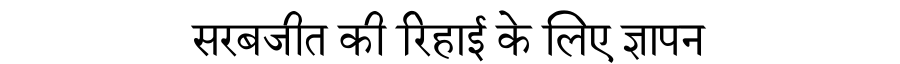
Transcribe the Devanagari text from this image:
सरबजीत की रिहाई के लिए ज्ञापन